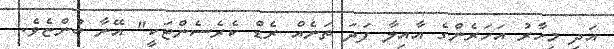
އަދި މިހާރު އަހަރެންގެ އާއިލާ ފަދަ ތަނެއް ރެޑް ކެރެސެންޓަކީ" އޭނާ ބުންޏެވެ.